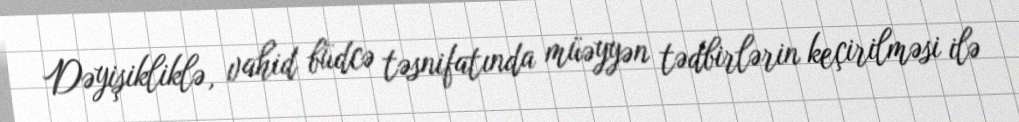
Dəyişikliklə, vahid büdcə təsnifatında müəyyən tədbirlərin keçirilməsi ilə